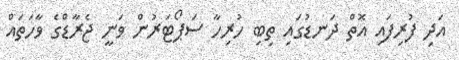
އަދި ފުރިފައި އޮތް ދަނޑުގައި ތިބި ހުރިހާ ސަޕޯޓަރުން ވަނީ ޖެރާޑްގެ ވާހަތައް